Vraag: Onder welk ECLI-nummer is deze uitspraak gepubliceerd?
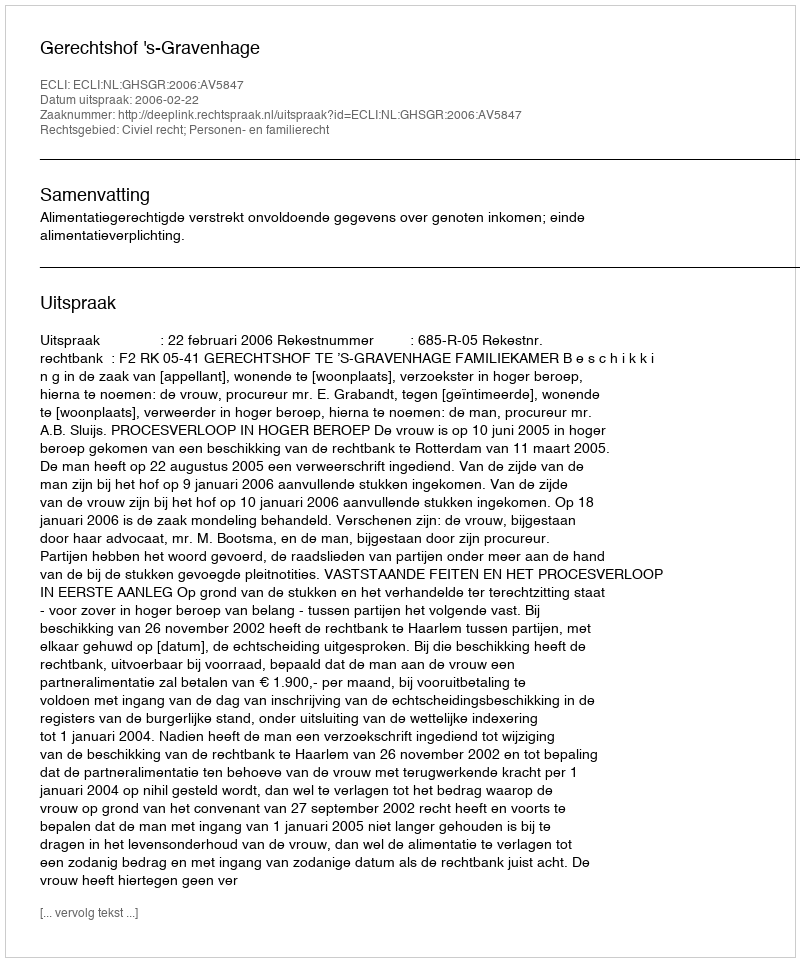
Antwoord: ECLI:NL:GHSGR:2006:AV5847